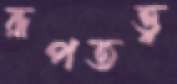
রূপতত্ত্ব